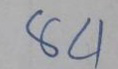
84